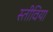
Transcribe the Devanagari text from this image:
स्तीविया